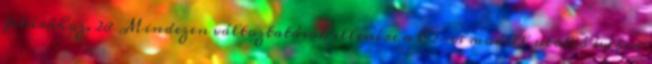
felárához. 28 Mindezen változtatások ellenére a C2-es modell utolsó évében